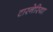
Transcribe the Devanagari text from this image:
टारनेरिया